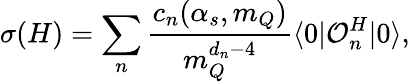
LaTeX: \sigma(H)=\sum_{n}{\frac{c_{n}(\alpha_{s},m_{Q})}{m_{Q}^{d_{n}-4}}}\langle 0|{\cal O}_{n}^{H}|0\rangle,